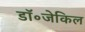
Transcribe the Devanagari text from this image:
डॉ॰जेकिल